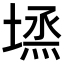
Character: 𡏈